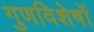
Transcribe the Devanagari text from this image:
गुणविशेषों